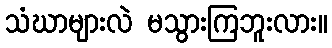
သံဃာများလဲ မသွားကြဘူးလား။